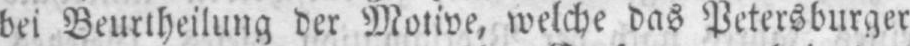
bei Beurtheilung der Motive, welche das Petersburger